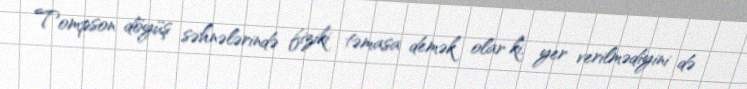
Tompson döyüş səhnələrində fiziki təmasa demək olar ki, yer verilmədiyini də